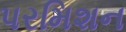
પરમિશન